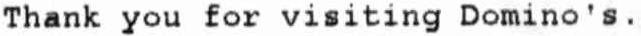
THANK YOU FOR VISITING DOMINO'S.